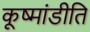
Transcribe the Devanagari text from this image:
कूष्मांडीति